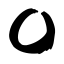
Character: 〇